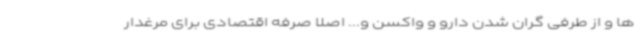
ها و از طرفی گران شدن دارو و واکسن و... اصلا صرفه اقتصادی برای مرغدار